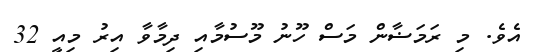
އެވެ. މި ރަމަޟާން މަސް ހޫނު މޫސުމާއި ދިމާވާ އިރު މިއީ 32